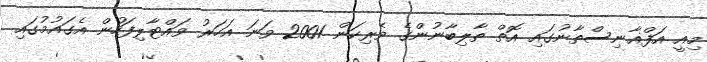
މިއީ އަފްޣާނިސްތާނުގައި އޮތް ތާލިބާނުންގެ ވެރިކަން 2001 ވަނަ އަހަރު ވައްޓާލިފަހުން އެގައުމުގައި